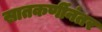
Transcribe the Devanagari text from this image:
सातकर्णीनंतर